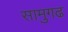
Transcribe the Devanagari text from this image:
सामुगढ